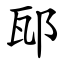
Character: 邷